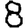
Digit: 8